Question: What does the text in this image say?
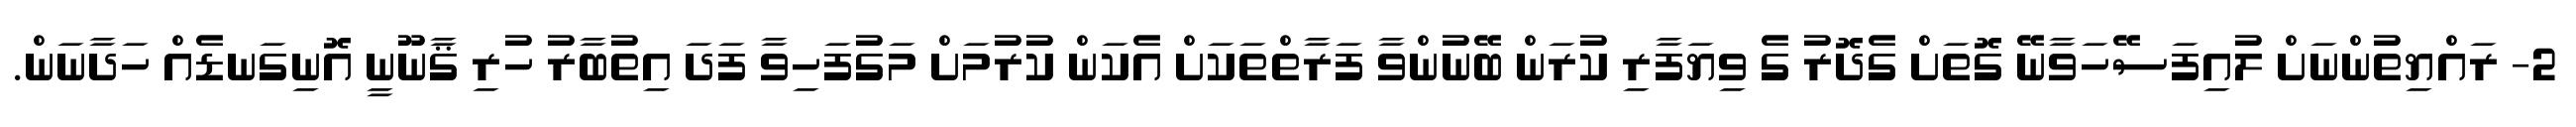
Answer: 2- ރައްޔިތުންނަށް ލުއިފަސޭހަވާނޭ ގޮތަށް ގެދޮރު ގެ ވިޔަފާރި ކުރަން ބޭނުންވާ ފަރާތްތަކަށް އެކަން ކުރުމަށް މަގުފަހިވާ ފަދަ އިތުބާރު ހުރި ޤާނޫނީ އޮނިގަނޑެއް ހަދާނަން.